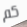
كم